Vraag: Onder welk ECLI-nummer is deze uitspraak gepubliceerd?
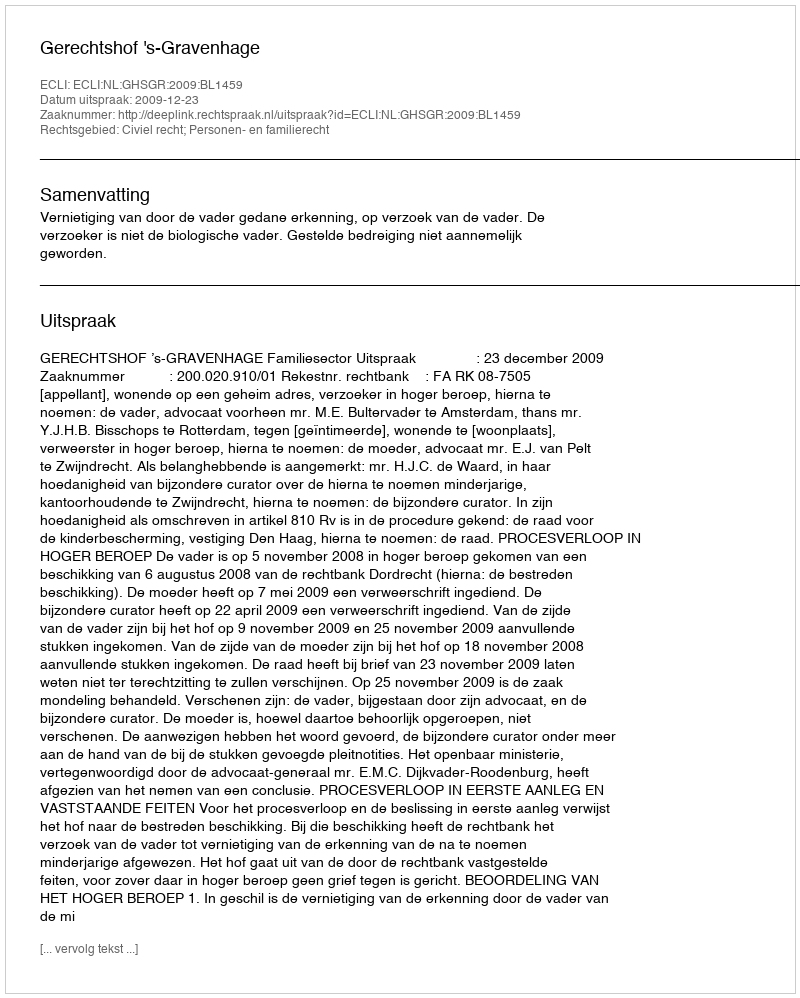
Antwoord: ECLI:NL:GHSGR:2009:BL1459